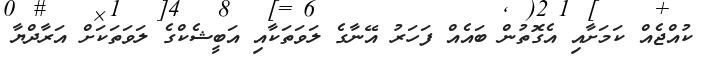
ކުއްޖެއް ކަމަށާއި އެގޮތުން ބައެއް ފަހަރު އޭނާގެ ލަވަތަކާއި އަބީޝެކްގެ ލަވަތަކަށް އަރާދްޔާ